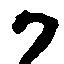
か